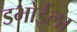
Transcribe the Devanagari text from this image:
डभोईला